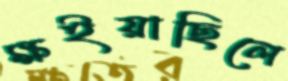
ক্ষইয়াছিলে